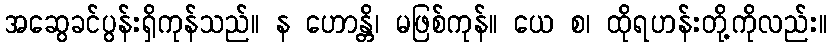
အဆွေခင်ပွန်းရှိကုန်သည်။ န ဟောန္တိ၊ မဖြစ်ကုန်။ ယေ စ၊ ထိုရဟန်းတို့ကိုလည်း။